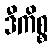
ဒီကိစ္စ